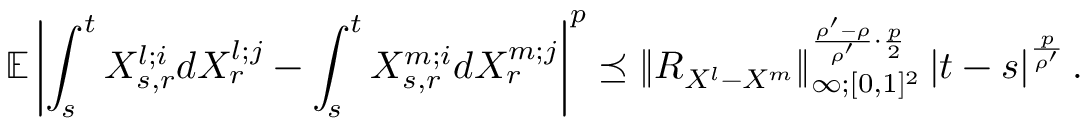
\mathbb { E } \left| \int _ { s } ^ { t } X _ { s , r } ^ { l ; i } d X _ { r } ^ { l ; j } - \int _ { s } ^ { t } X _ { s , r } ^ { m ; i } d X _ { r } ^ { m ; j } \right| ^ { p } \preceq { \left\lVert { R _ { X ^ { l } - X ^ { m } } } \right\rVert } _ { \infty ; [ 0 , 1 ] ^ { 2 } } ^ { \frac { \rho ^ { \prime } - \rho } { \rho ^ { \prime } } \cdot \frac { p } { 2 } } \left| t - s \right| ^ { \frac { p } { \rho ^ { \prime } } } .